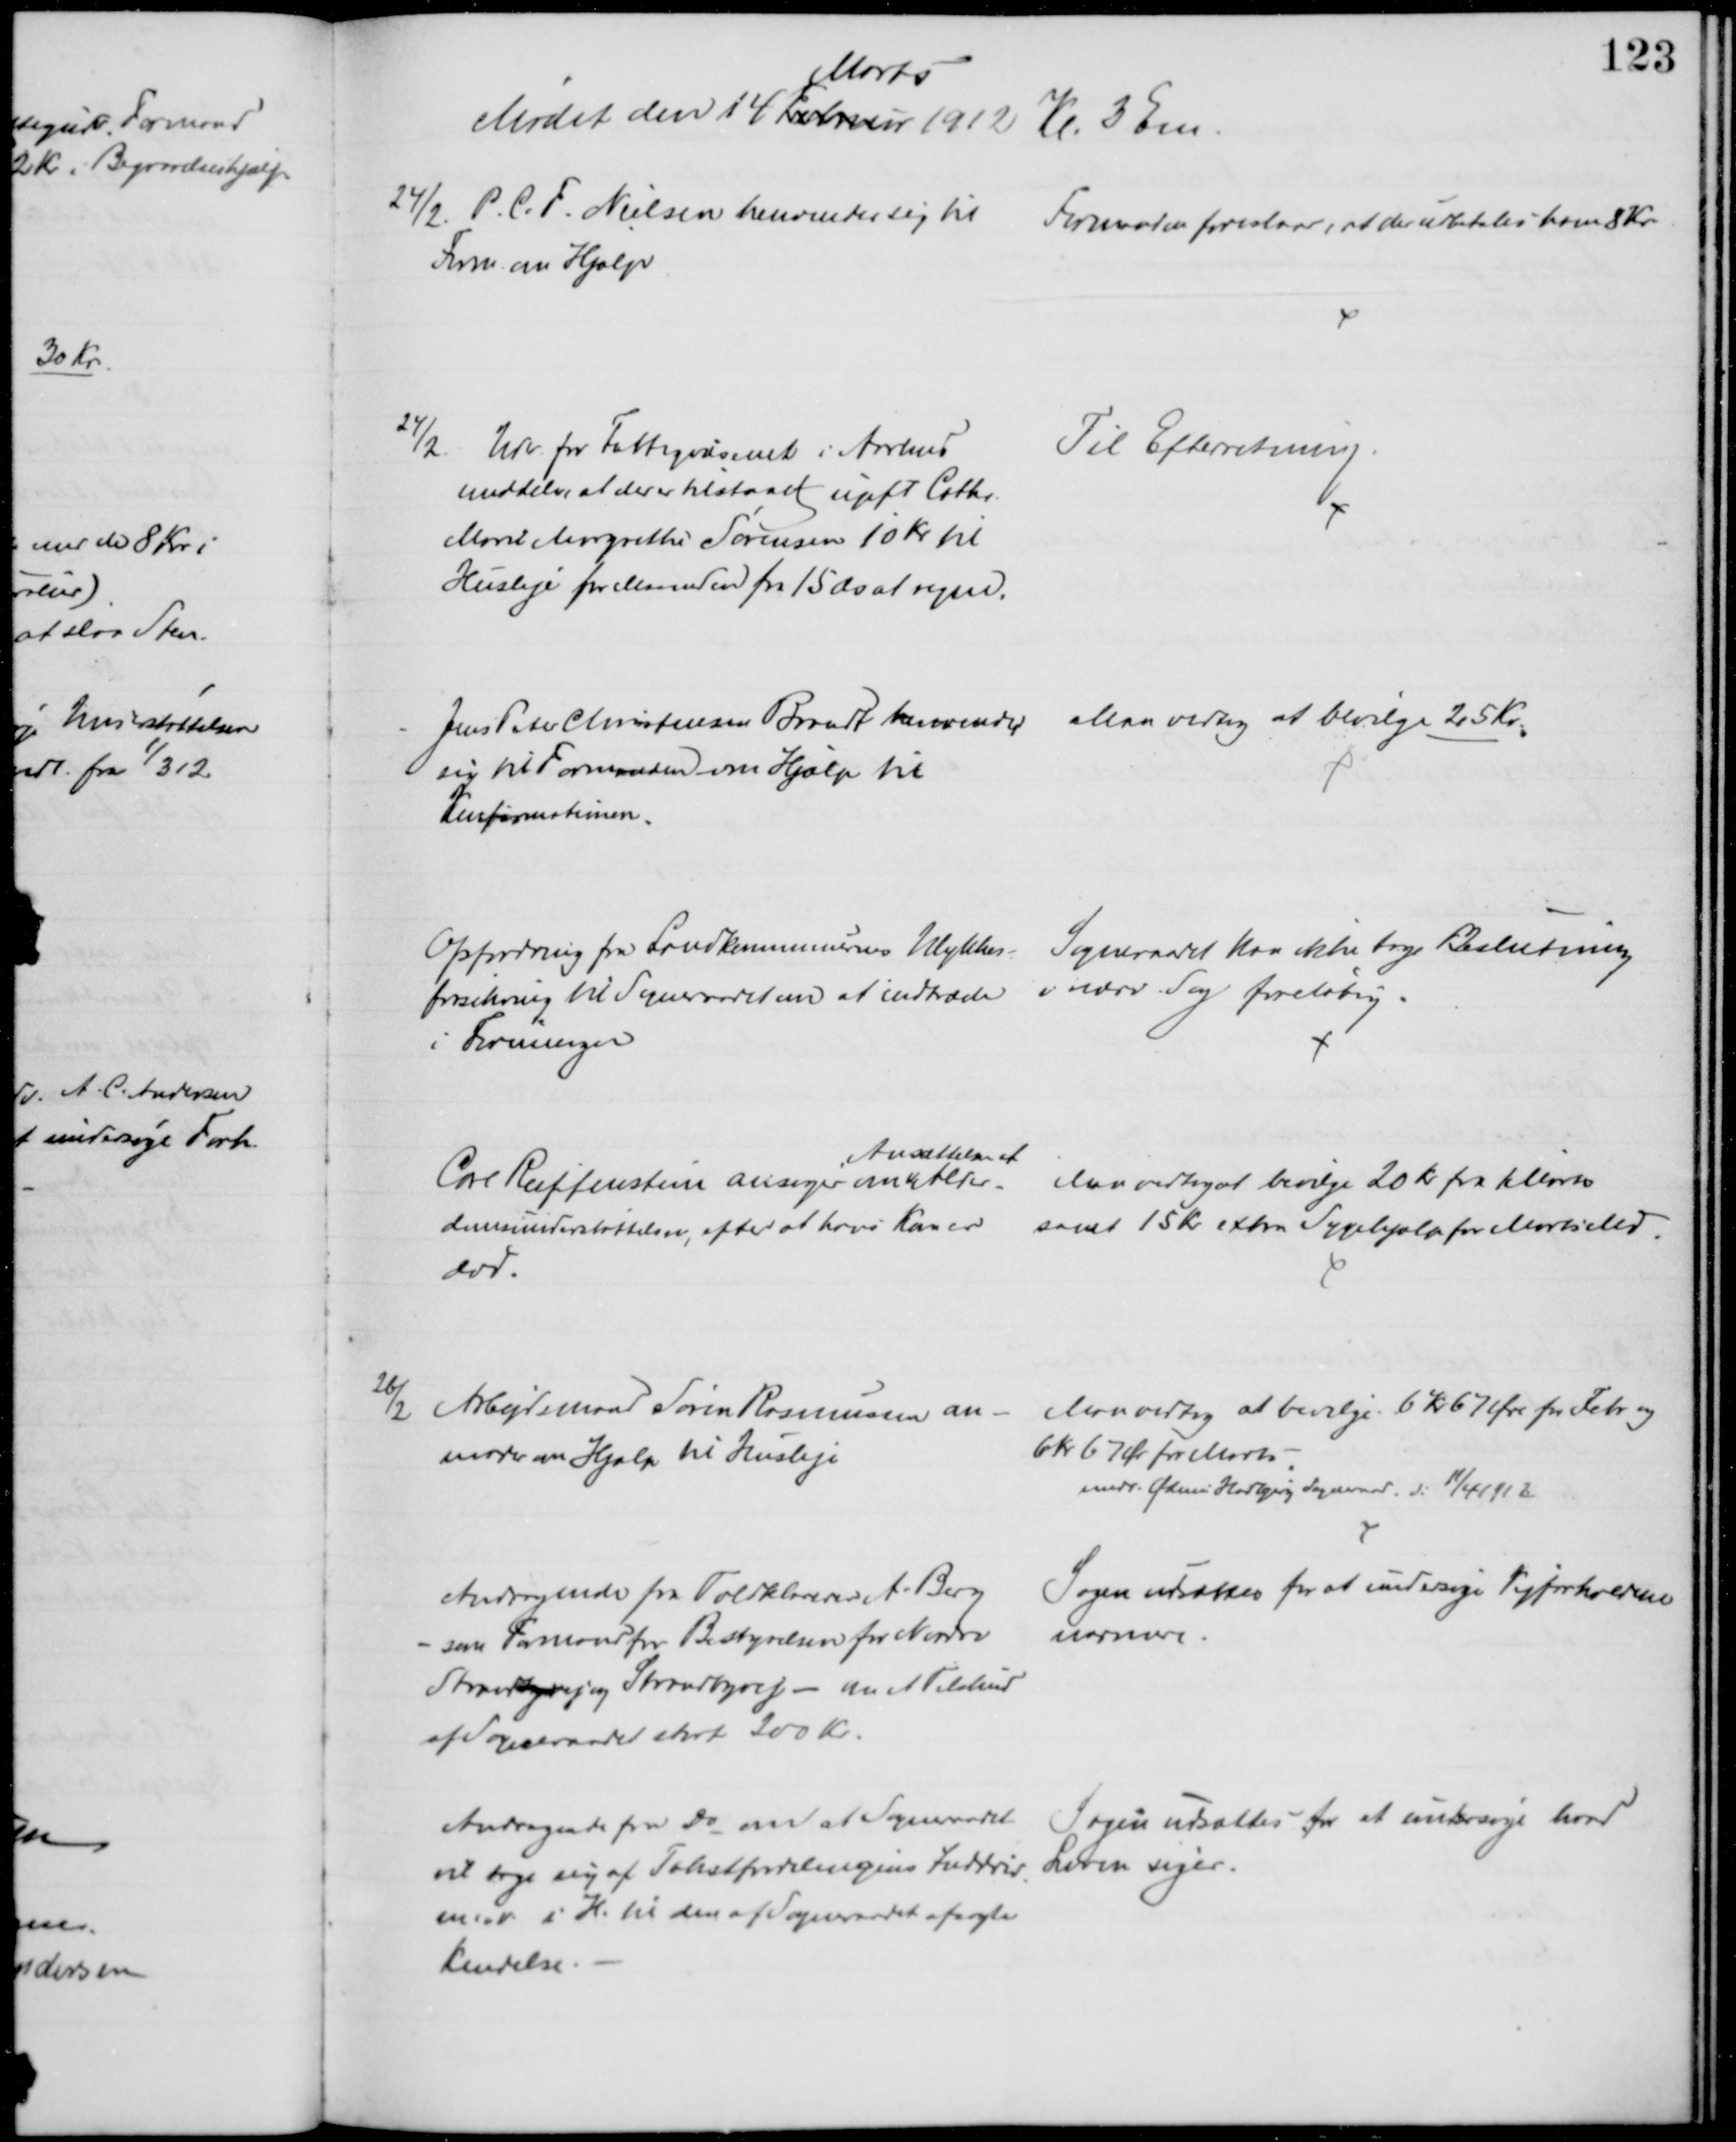
Transskription:
Mødet den 14 Februar 
Marts
1912 Kl. 3 Em.
24/2. P. C. F. Nielsen henvender sig til 
Form. om Hjælp
Formanden foreslaar, at der udbetales ham 8 Kr
24/2. Udv. for Fattigvæsenet i Aarhus
meddeler, at der er tilstaaet ugift Cathr.
Marie Margrethe Sørensen 10 Kr. til
Husleje for Maaneden fra 15 ds at regne.
Til Efterretning.
Jens Peter Christensen Brandt henvender 
sig til Formanden om Hjælp til
Konfirmationen.
Man vedtog at bevilge 25 Kr.
Opfordring fra Landkommunernes Ulykkes- 
forsikring til Sogneraadet om at indtræde 
i Foreningen
Sogneraadet kan ikke tage Beslutning
i nærv. Sag foreløbig.
Carl Reiffenstein ansøger om
Ansættelse af
Alder-
domsunderstøttelsen, efter at hans Kone er
død.
Man vedtog at bevilge 20 Kr fra 1 Marts
samt 15 Kr extra Sygehjælp for Marts Md.
26/2 Arbejdsmand Søren Rasmussen an-
moder om Hjælp til Husleje
Man vedtog at bevilge 6 Kr 67 Øre for Febr. og
6 kr 67 kr for Marts
medd. Ødum Hadbjerg Sogneraad d. 11/4 1912
Andragende fra Toldklarerer A. Berg
- som Formand for Bestyrelsen for Nordre
Strandbyvej og Strandbyvej - om et Tilskud
af Sogneraadet stort 200 Kr.
Sagen udsattes for at undersøge Vejforholdene
nærmere.
Andragende fra do om at Sogneraadet
vil tage sig af Takstfordelingens Inddriv.
m.v. i H. til den af Sogneraadet afsagte
Kendelse.
Sagen udsattes for at undersøge hvad
Loven siger.